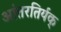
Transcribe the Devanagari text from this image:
आंतरतिर्यक्‌